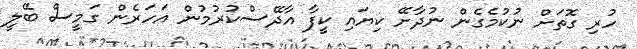
ހުރި ގޮތަށް ނުކުމެގެން ނުދާށޭ ކިޔައި ކީފާ އާދޭސްކުރުމުން އަހަރެން ގަމީސް ބޭލީ